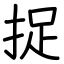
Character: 捉